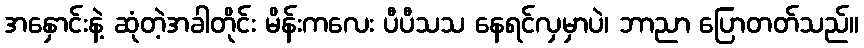
အနှောင်းနဲ့ ဆုံတဲ့အခါတိုင်း မိန်းကလေး ပီပီသသ နေရင်လှမှာပဲ၊ ဘာညာ ပြောတတ်သည်။